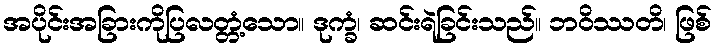
အပိုင်းအခြားကိုပြလတ္တံ့သော။ ဒုက္ခံ၊ ဆင်းရဲခြင်းသည်။ ဘဝိဿတိ၊ ဖြစ်